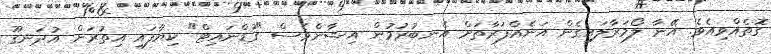
ގޮތެއްވިއެވެ. އޭނާ ލޯމަރާލައިގެން އަނެއްފަރާތަށް އެނބުރުމުން އިޝާންވެސް "ގުޑްނައިޓް" ކިޔާފައި އިތުރަށް އުދަނގޫ